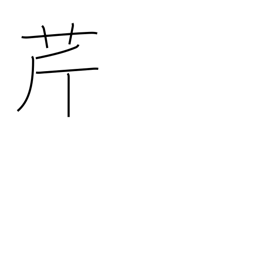
Meaning: parsley